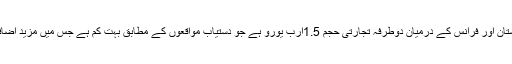
انہوں نے کہاکہ پاکستان اور فرانس کے درمیان دوطرفہ تجارتی حجم 1.5ارب یورو ہے جو دستیاب مواقعوں کے مطابق بہت کم ہے جس میں مزید اضافے کی گنجائش ہے۔